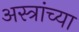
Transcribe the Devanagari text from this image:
अस्त्रांच्या